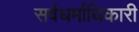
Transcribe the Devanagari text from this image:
सर्वधर्माधिकारी